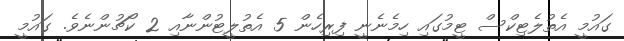
ގައުމީ އެތުލެޓިކްސް ޓީމުގައި ހިމެނެނީ ފިރިހެން 5 އެތުލީޓުންނާއި 2 ކޯޗުންނެވެ. ގައުމީ